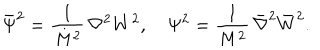
{ \bar { \Psi } } ^ { 2 } = \frac { 1 } { M ^ { 2 } } \, \nabla ^ { 2 } { W ^ { 2 } } , \quad \Psi ^ { 2 } = \frac { 1 } { M ^ { 2 } } \, { \bar { \nabla } } ^ { 2 } { \bar { W } } ^ { 2 } .